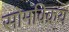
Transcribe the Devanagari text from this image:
सोमविक्रय